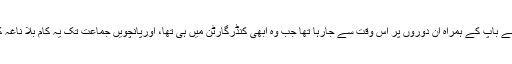
ٹینگو اپنے باپ کے ہمراہ ان دوروں پر اس وقت سے جارہا تھا جب وہ ابھی کنڈرگارٹن میں ہی تھا، اورپانچویں جماعت تک یہ کام بلا ناغہ کرتا رہا۔